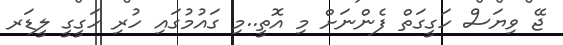
ޖޭ ވިޔަސް ހަގީގަތް ފެންނަށް މި އޮތީ..މި ގައުމުގައި ހުރި ހަގީގީ ލީޑަރ